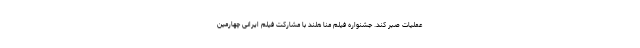
عملیات صبر کند. جشنواره فیلم منا هلند با مشارکت فیلم ایرانی چهارمين